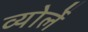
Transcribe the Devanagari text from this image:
व्योर्ले